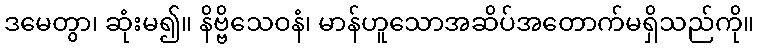
ဒမေတွာ၊ ဆုံးမ၍။ နိဗ္ဗိသေဝနံ၊ မာန်ဟူသောအဆိပ်အတောက်မရှိသည်ကို။